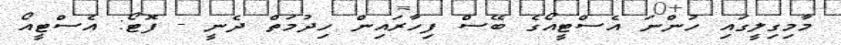
މާމިގިލީގައި ހުންނަ އެސްޓީއޯގެ ބޭސް ފިހާރައިން ހިދުމަތް ދެނީ - ފޮޓޯ: އެސްޓީއޯ